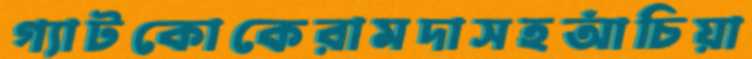
গ্যাটকোকেরামদাসহআঁচিয়া